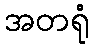
အတရုံ